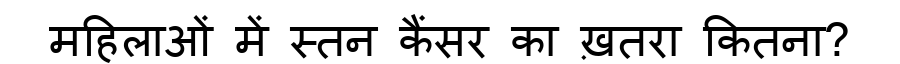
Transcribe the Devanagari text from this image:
महिलाओं में स्तन कैंसर का ख़तरा कितना?